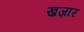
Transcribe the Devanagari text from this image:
ख़ज़ार